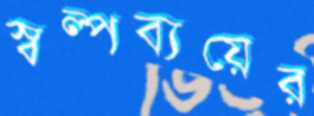
স্বল্পব্যয়ের